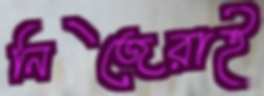
নিজেরাই